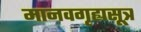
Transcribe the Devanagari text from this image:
मानवगृह्यसूत्र